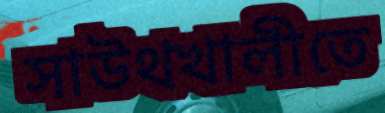
সাউথখালীতে